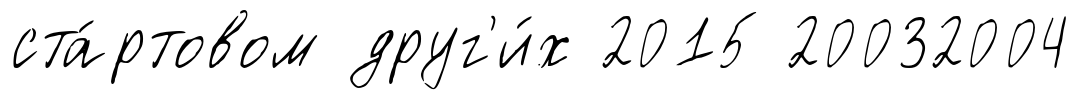
ста́ртовом друг'и́х 2015 20032004